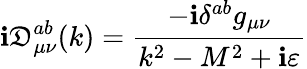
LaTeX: \mathbf{i}\mathfrak{D}_{\mu\nu}^{ab}(k)=\frac{{-\mathbf{i}\delta^{ab}g_{\mu\nu}}}{{k^{2}-M^{2}+\mathbf{i}\varepsilon}}